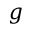
g